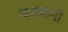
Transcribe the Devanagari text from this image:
बज़यानी